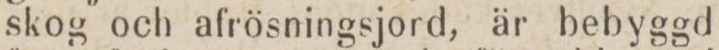
skog och afrösningsjord, är bebyggd